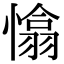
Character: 𢡁